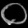
Digit: ၀